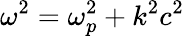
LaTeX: \omega^{2}=\omega_{p}^{2}+k^{2}c^{2}